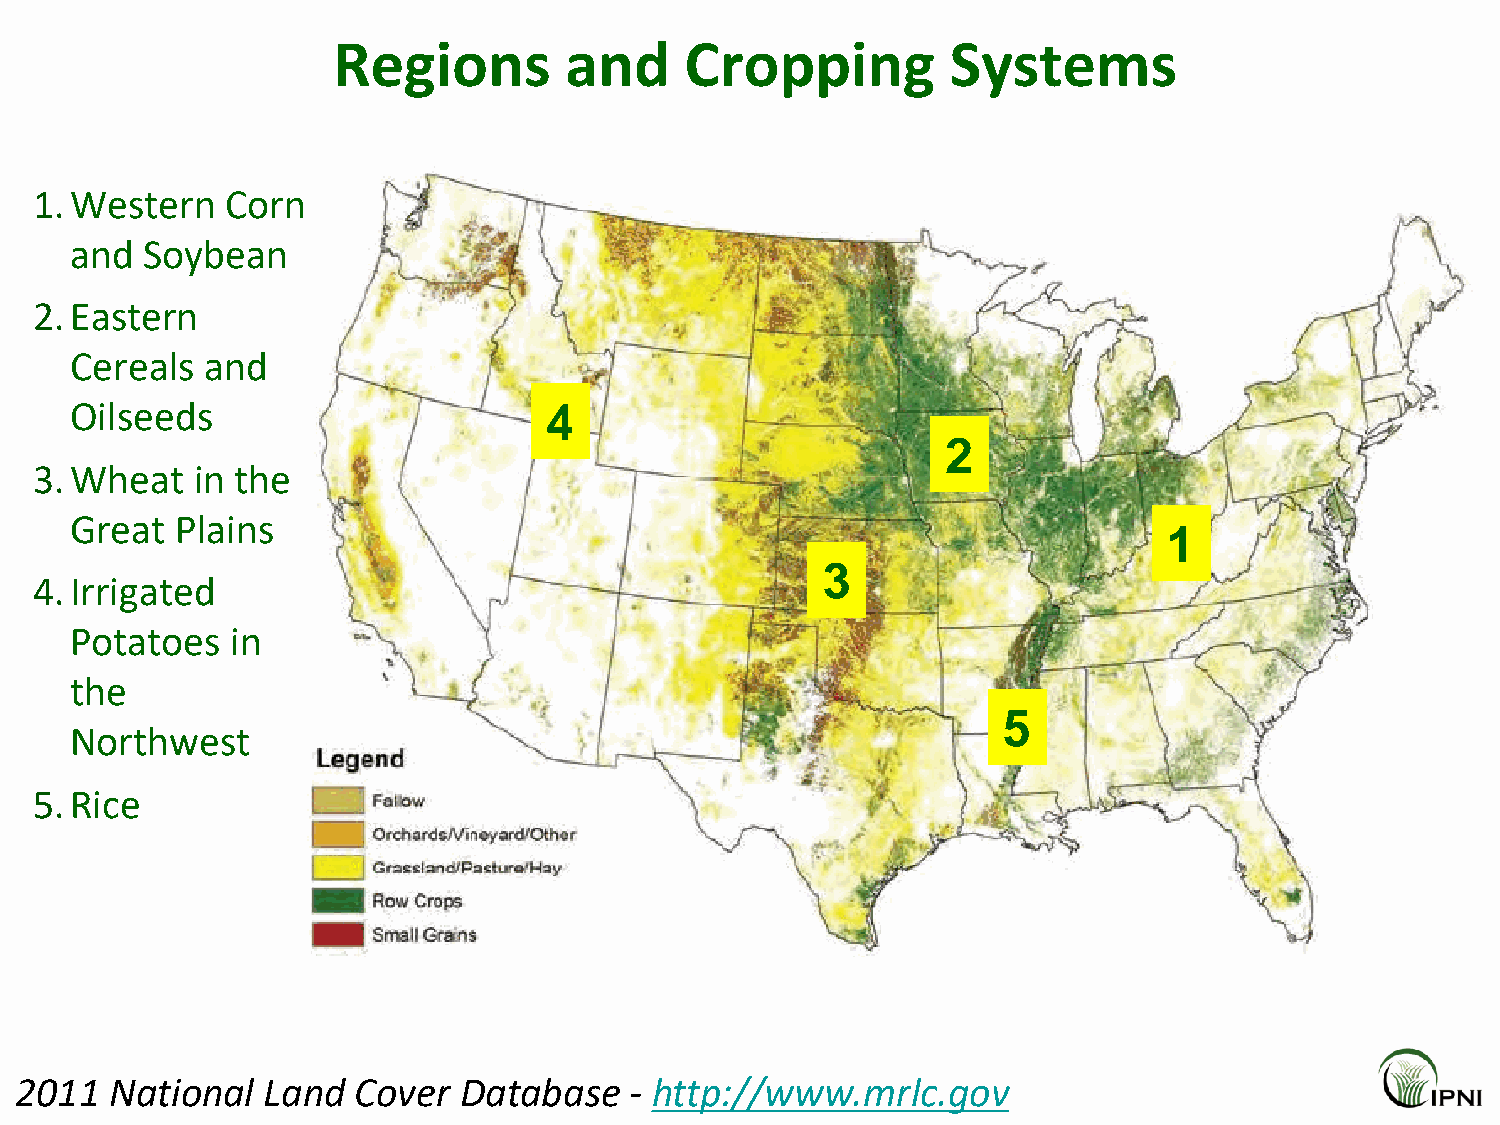
Regions        and     Cropping          Systems
 1.Western    Corn
 and Soybean
 2.Eastern
 Cereals  and
 Oilseeds                       4
 2
 3.Wheat    in the
 Great  Plains
 1
 3
 4.Irrigated
 Potatoes  in
 the
 5
 Northwest
 5.Rice
 2011  National  Land  Cover  Database    - http://www.mrlc.gov